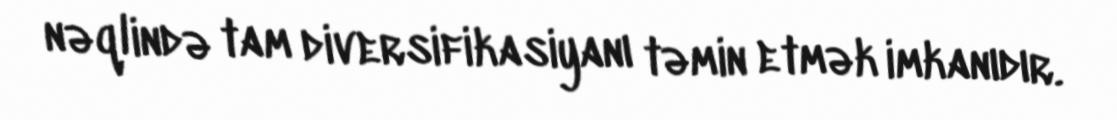
nəqlində tam diversifikasiyanı təmin etmək imkanıdır.